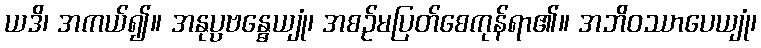
ယဒိ၊ အကယ်၍။ အနုပ္ပဗန္ဓေယျုံ၊ အစဉ်မပြတ်စေကုန်ရာ၏။ အဘိဝဿာပေယျုံ၊